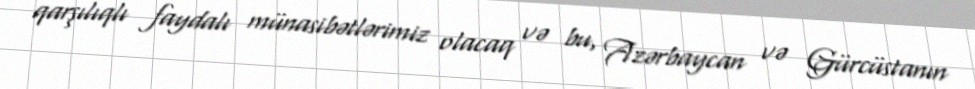
qarşılıqlı faydalı münasibətlərimiz olacaq və bu, Azərbaycan və Gürcüstanın